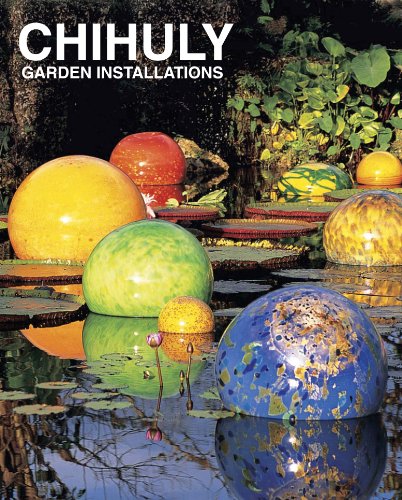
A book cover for Chihuly Garden Installations; Dale Chihuly; Arts & Photography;